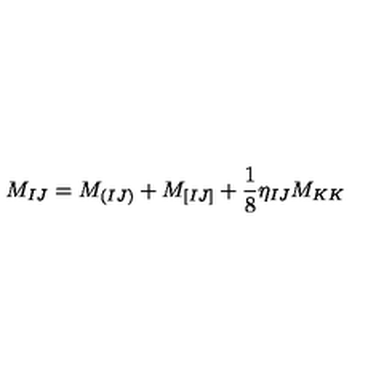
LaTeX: M _ { I J } = M _ { ( I J ) } + M _ { [ I J ] } + { \frac { 1 } { 8 } } \eta _ { I J } M _ { K K }